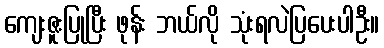
ကျေးဇူးပြုပြီး ဖုန်း ဘယ်လို သုံးရလဲပြပေးပါဦး။